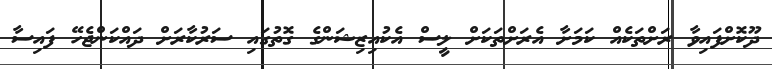
ދޫކޮށްފައިވާ ރަށްތަކެއް ކަމަށާ އެރަށްތަކަށް ލީސް އެކުއިޒިޝަންގެ ގޮތުގައި ސަރުކާރަށް ދައްކަންޖެހޭ ފައިސާ